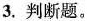
3.判断题。